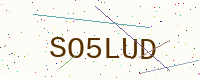
Text: SO5LUD